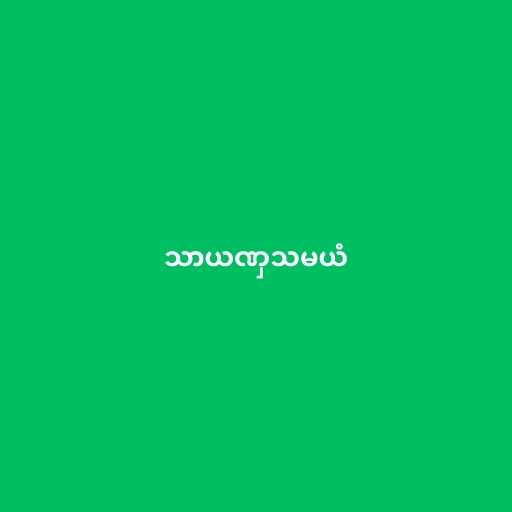
သာယဏှသမယံ